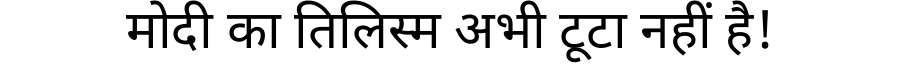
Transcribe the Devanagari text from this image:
मोदी का तिलिस्म अभी टूटा नहीं है!